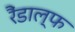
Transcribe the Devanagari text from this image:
रैंडाल्फ